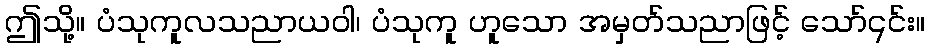
ဤသို့။ ပံသုကူလသညာယဝါ၊ ပံသုကူ ဟူသော အမှတ်သညာဖြင့် သော်၎င်း။